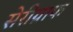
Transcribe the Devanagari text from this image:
सेरीग्राफ